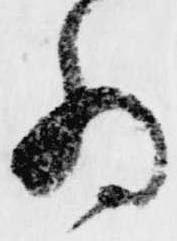
為